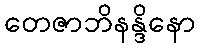
တေဇာဘိနန္ဒိနော